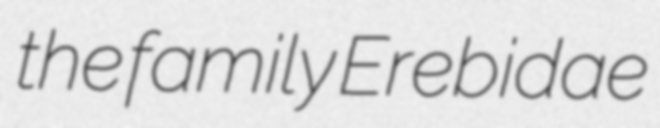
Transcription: the family Erebidae